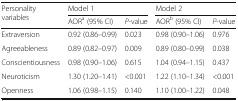
| <ROWSPAN=2> Personality variables | <COLSPAN=2> Model 1 | <COLSPAN=2> Model 2 |
 | AORa (95% CI) | P-value | AORb (95% CI) | P-value |
 | --- | --- | --- | --- | --- |
 | Extraversion | 0.92 (0.86–0.99) | 0.023 | 0.98 (0.90–1.06) | 0.976 |
 | Agreeableness | 0.89 (0.82–0.97) | 0.009 | 0.89 (0.80–0.99) | 0.038 |
 | Conscientiousness | 0.98 (0.90–1.06) | 0.615 | 1.04 (0.94–1.15) | 0.437 |
 | Neuroticism | 1.30 (1.20–1.41) | <0.001 | 1.22 (1.10–1.34) | <0.001 |
 | Openness | 1.06 (0.98–1.15) | 0.140 | 1.10 (1.00–1.22) | 0.048 |